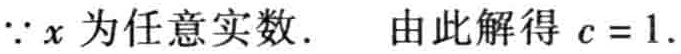
$\because x\text{ 为任意实数}.\ \text{ 由此解得 }c = 1.$